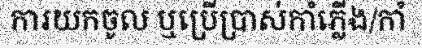
ការយកចូល ឬប្រើប្រាស់កាំភ្លើង/កាំ